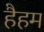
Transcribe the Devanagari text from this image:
हैहम